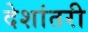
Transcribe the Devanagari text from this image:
देशांतरी